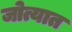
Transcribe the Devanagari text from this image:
जोत्यात